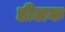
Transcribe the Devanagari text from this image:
डीलक